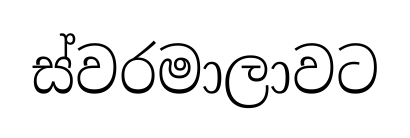
ස්වරමාලාවට